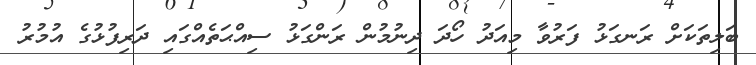
ބަލިތަކަށް ރަނގަޅު ފަރުވާ މިއަދު ހޯދަ ދިނުމުން ރަންގަޅު ސިއްޙަތެއްގައި ދަރިފުޅުގެ އުމުރު